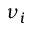
\nu _ { i }